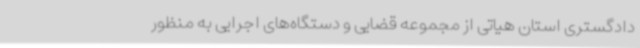
دادگستری استان هیاتی از مجموعه قضایی و دستگاه‌های اجرایی به منظور